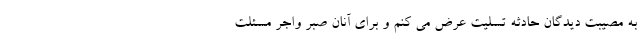
به مصیبت دیدگان حادثه تسلیت عرض می کنم و برای آنان صبر واجر مسئلت